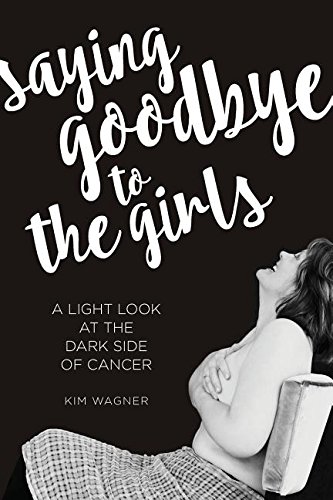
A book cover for Saying Goodbye to the Girls: A Light Look at the Dark Side of Cancer; Kim Wagner; Humor & Entertainment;